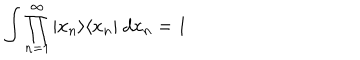
\int \prod _ { n = 1 } ^ { \infty } | x _ { n } \rangle \langle x _ { n } | ~ d x _ { n } = 1